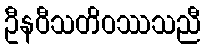
ဦနဝီသတိဝဿသညီ